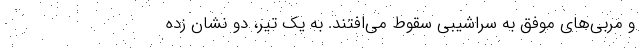
و مربی‌های موفق به سراشیبی سقوط می‌افتند. به یک تیر، دو نشان زده